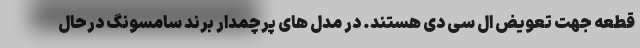
قطعه جهت تعویض ال سی دی هستند. در مدل های پرچمدار برند سامسونگ درحال